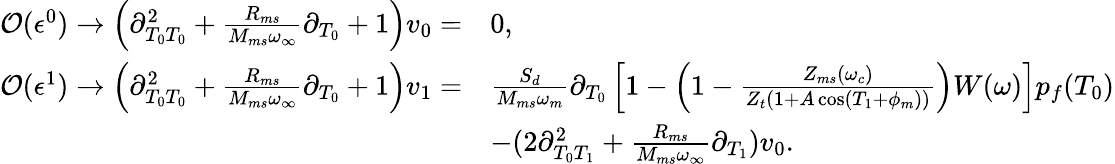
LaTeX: \begin{array}{rl}{\mathcal{O}(\epsilon^{0})\rightarrow\left(\partial_{T_{0}T_{0}}^{2}+\frac{R_{ms}}{M_{ms}\omega_{\infty}}\partial_{T_{0}}+1\right)v_{0}=}&{0,}\\ {\mathcal{O}(\epsilon^{1})\rightarrow\left(\partial_{T_{0}T_{0}}^{2}+\frac{R_{ms}}{M_{ms}\omega_{\infty}}\partial_{T_{0}}+1\right)v_{1}=}&{\frac{S_{d}}{M_{ms}\omega_{m}}\partial_{T_{0}}\left[1-\left(1-\frac{Z_{ms}(\omega_{c})}{Z_{t}\left(1+A\cos\left(T_{1}+\phi_{m}\right)\right)}\right)W(\omega)\right]p_{f}(T_{0})}\\ &{-(2\partial_{T_{0}T_{1}}^{2}+\frac{R_{ms}}{M_{ms}\omega_{\infty}}\partial_{T_{1}})v_{0}.}\end{array}